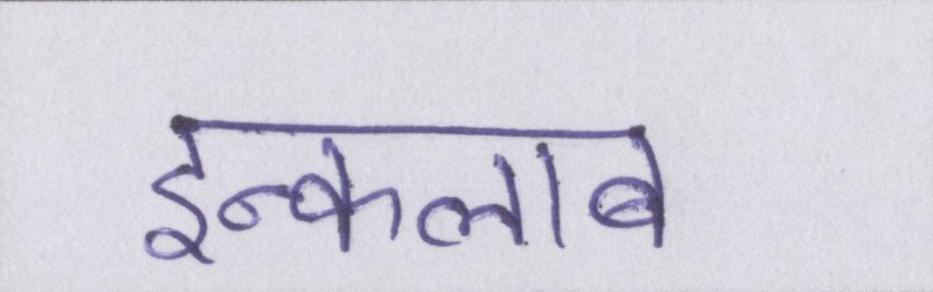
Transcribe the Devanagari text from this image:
इन्कलाब